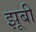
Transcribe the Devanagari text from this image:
झूबी